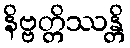
နိဗ္ဗတ္တိဿန္တိ